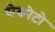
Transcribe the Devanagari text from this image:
सेकोटो